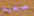
صحيح